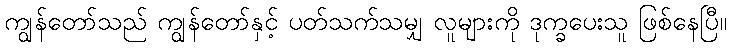
ကျွန်တော်သည် ကျွန်တော်နှင့် ပတ်သက်သမျှ လူများကို ဒုက္ခပေးသူ ဖြစ်နေပြီ။